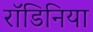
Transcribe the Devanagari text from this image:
रॉडिनिया